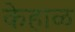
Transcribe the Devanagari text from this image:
केहाळ